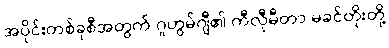
အပိုင်းတစ်ခုစီအတွက် ဂူဟွမ်ဂျီ၏ ကီလီုမီတာ မခင်တိုးတို့